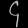
Digit: ၄